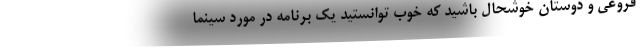
فروغی و دوستان خوشحال باشید که خوب توانستید یک برنامه در مورد سینما